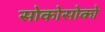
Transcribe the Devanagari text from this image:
सोकोसोको